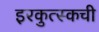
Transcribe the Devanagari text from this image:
इरकुत्स्कची